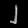
Digit: ၂